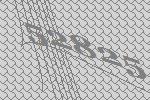
52825